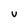
Character: U